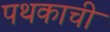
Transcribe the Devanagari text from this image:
पथकाची